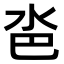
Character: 𣲯